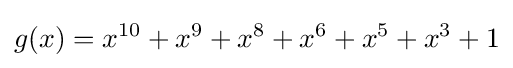
g(x)=x^{10}+x^{9}+x^{8}+x^{6}+x^{5}+x^{3}+1